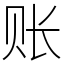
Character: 账